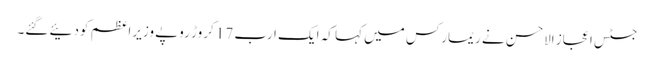
جسٹس اعجاز الاحسن نے ریمارکس میں کہا کہ ایک ارب 17 کروڑ روپے وزیراعظم کودئیے گئے۔